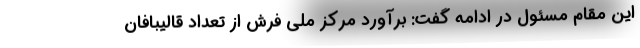
این مقام مسئول در ادامه گفت: برآورد مرکز ملی فرش از تعداد قالیبافان